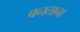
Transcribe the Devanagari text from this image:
बनताना